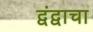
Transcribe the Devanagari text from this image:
द्वंद्वाचा